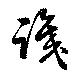
識